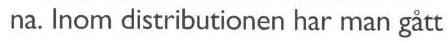
 na. Inom distributionen har man gått